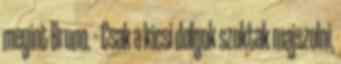
megint Bruno. – Csak a kicsi dolgok szoktak majszolni,